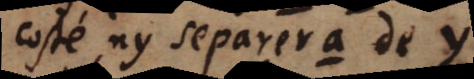
costé ny separer a de y